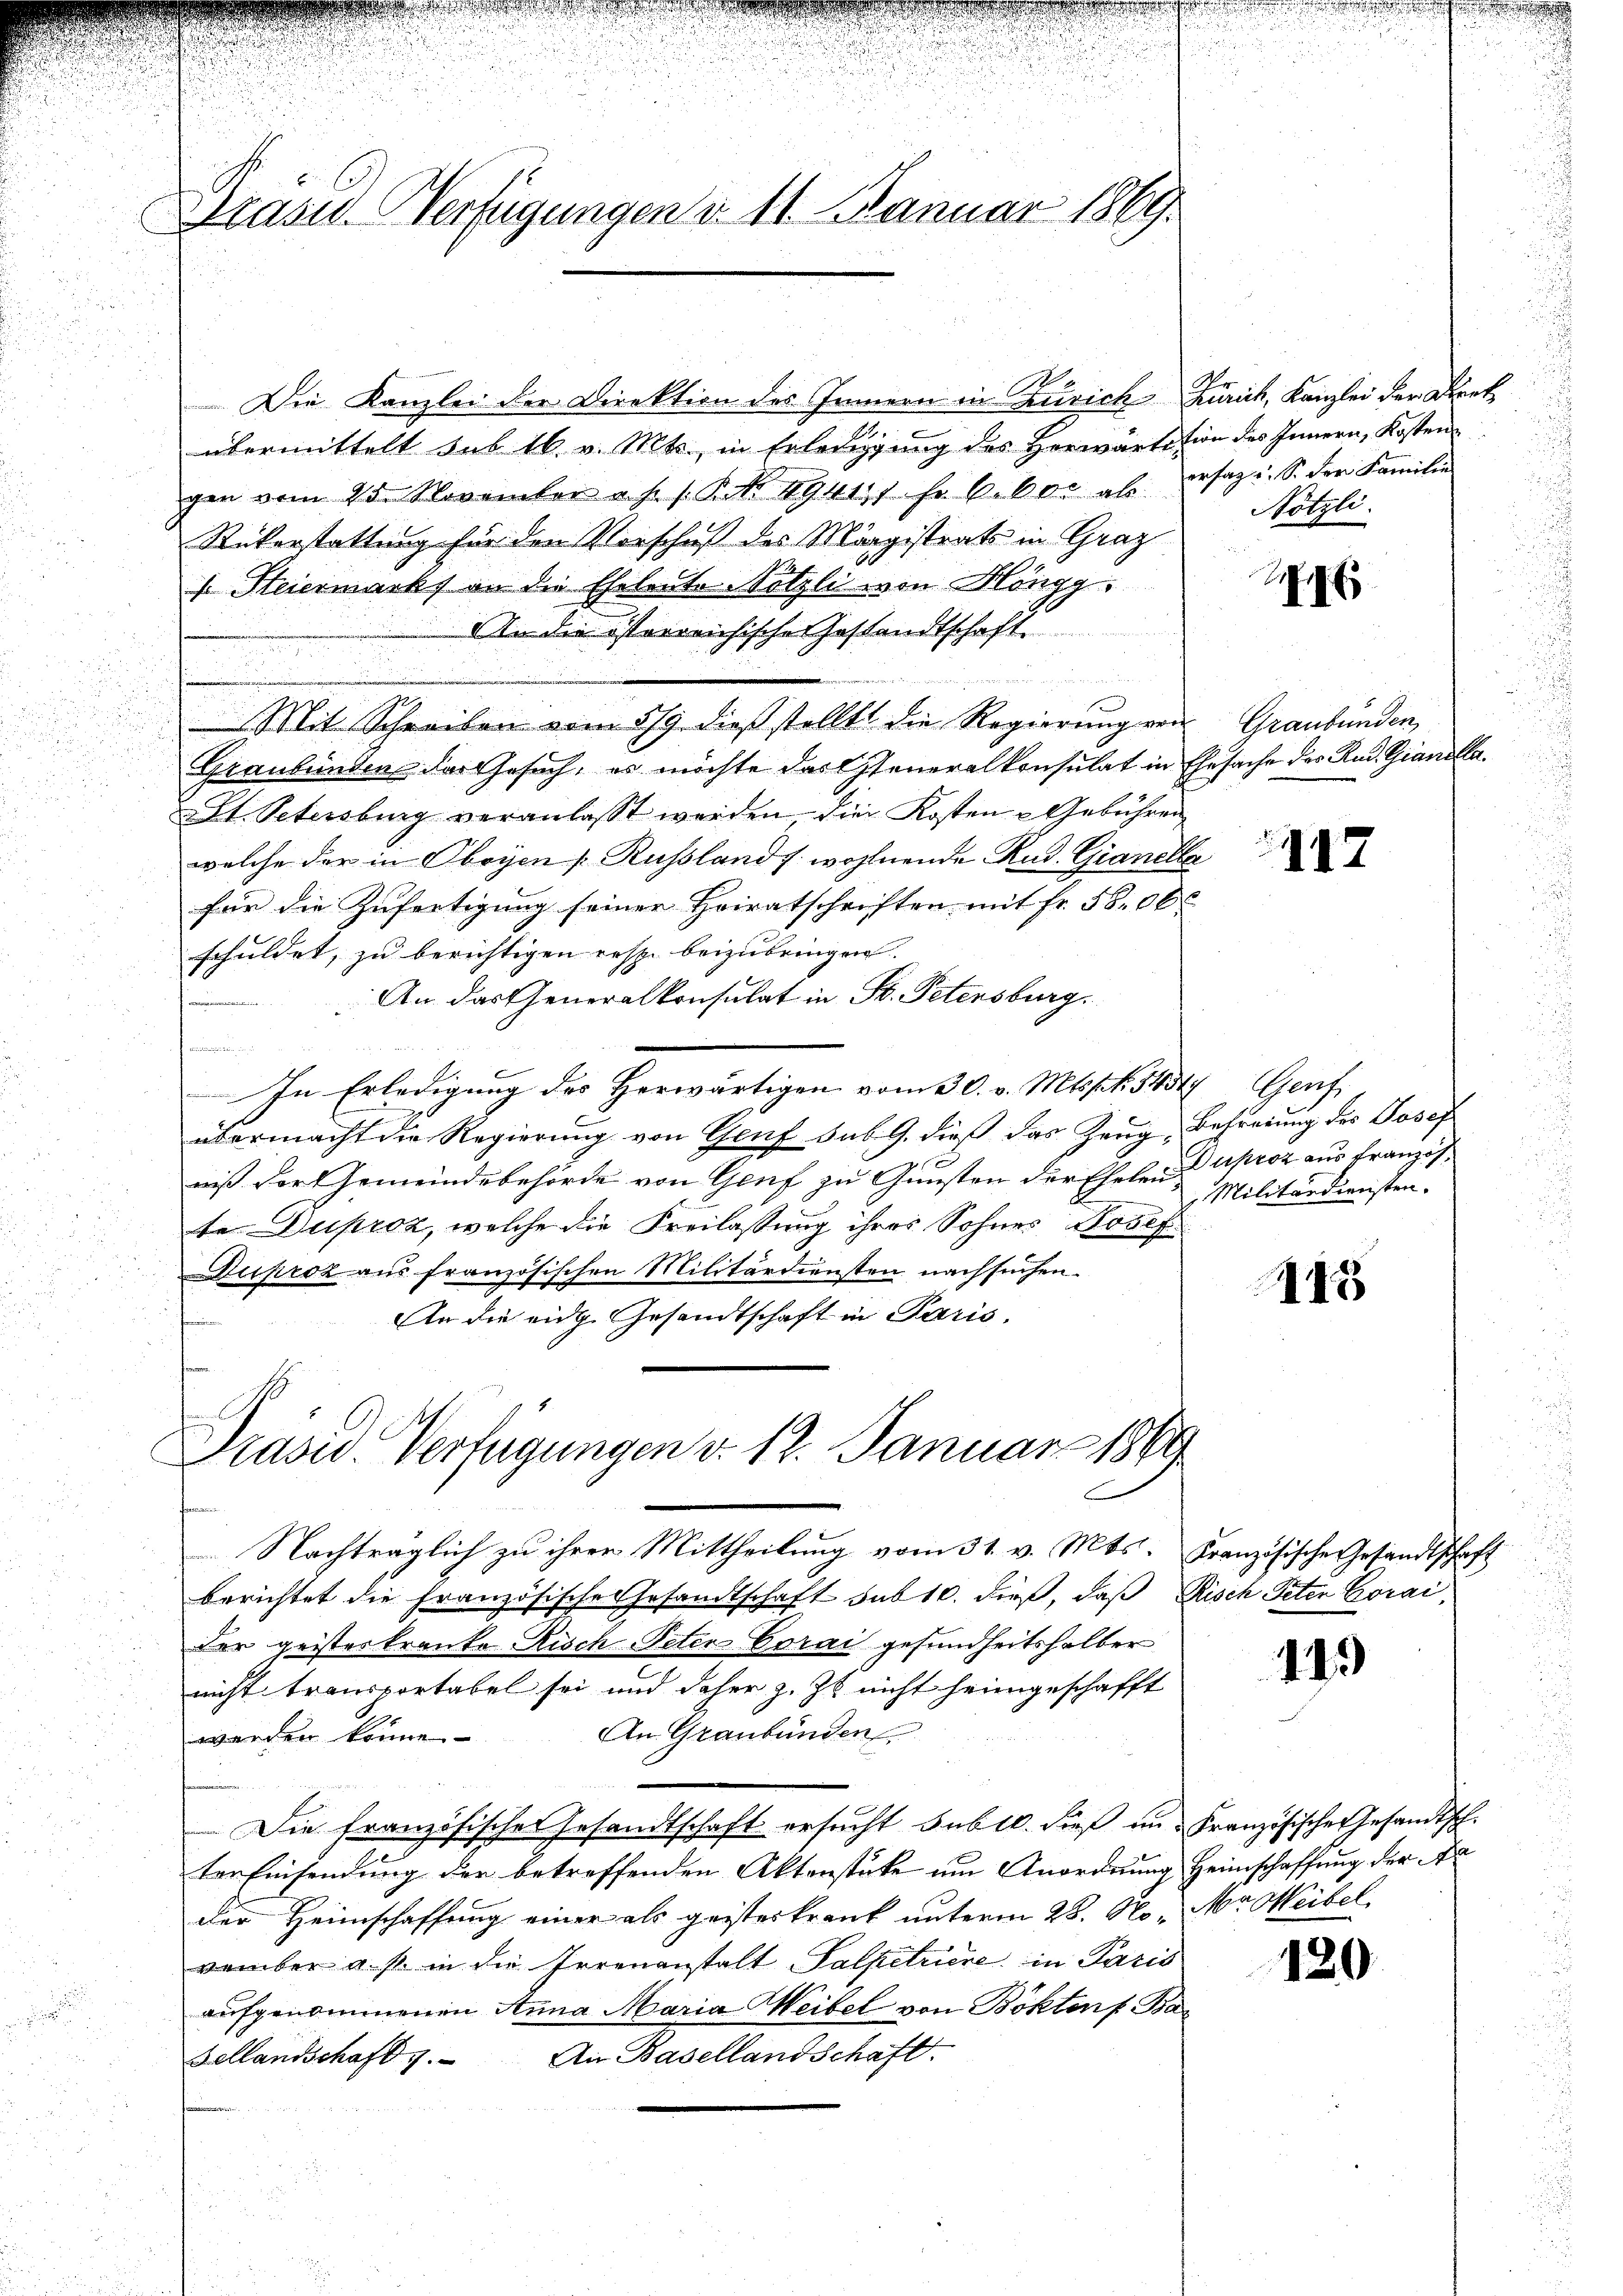
f
e

d
n
.
Drasus Verfügungen d. 11. Januar 1869.

u
.

d

Präsid.. Verfügungen v. 12. Januar 1869

Mit Schreiben vom 319. dieß stellt die Regierung von Graubünden,

Die Kanzlei der Direktion des Innern in Zürich Zürich, Kanzlei der Direkübermittelt sub 16. v. Mts., in Erledigung des Herwärtition des Innern, Kosten
gen vom 25. November a. f. 1. P. Nr. 19411 fr. C. Vor als dersagi. S. der Familie
Rükerstattung für den Vorschuß des Magistrats in Graz
 Steiermarkt an die Eheleute Nötzli von Höngg.
An die österreichische Gestandtschaft

n
.
Graubünden das Gesuch, es möchte das Generalkonsulat in Ehesache des Rud. Gianella¬
.
St. Petersburg veranlasst werden, die Kosten - Gebühren,
welche der in Oboyen s. Russland s. wohlende Rud. Gianella
für die Zufertigung seiner Heiratschriften mit fr. 5800 l.
schuldet, zu berichtigen resp. beizubringen.
An das Generalkonsulat in St. Petersburg.
n
In Erledigung des Herwärtigen vom 30. v. Mts. f. 5254 Genf
übermacht die Regierung von Genf sub 9. dieß das Zeug, Befreiung des Josef
niß der Gemeindebehörde von Genf zu Gunsten der Ehelend aprez aus Französ
te Duproz, welche die Freilassung ihrer Sohnes Josef
Duproz aus französischen Militärdiensten nachsuchen.
An die eidg. Gesandtschaft in Paris.
.

Nachträglich zu ihrer Mittheilung vom 31. v. Mts. Französische Gesandtschaft
berichtet die französische Gesandtschaft sub 10. dieß, daß Risch Peter Corai
der geisteskranke Risch Peter Corai gesundheitshalber
nicht transportabel sei und daher z. Zt. nicht heimgeschafft
An Graubünden
werden könne.
Die französische Gesandtschaft ersucht subt. dieß in Französische Gesandtsch.
ter Einsendung der betreffenden Aktenstüke um Anordnung Heimschaffung der Fa
der Heimschaffung einer als geisterkrank unterm 28. No. Mr. Weibel
vember a. s. in die Irrenanstalt Salpetriere, in Paris
aufgenommenen Anna Maria Weibel von Bökten f. Bar
Fellandschaft 1. An Basellandschaft.

u
e

u

Nötzli

417

Militärdiensten.

115

14

120